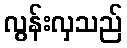
လွန်းလှသည်